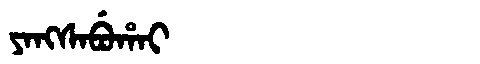
Manchu: ᠶᠠᠩᠰᠠᠪᡠᡥᠠᡳ
Romanization: YANGSABUHAI